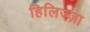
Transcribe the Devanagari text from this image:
हिलिज्ज़ा